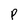
Character: P